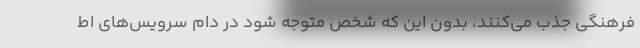
فرهنگی جذب می‌کنند، بدون این که شخص متوجه شود در دام سرویس‌های اط